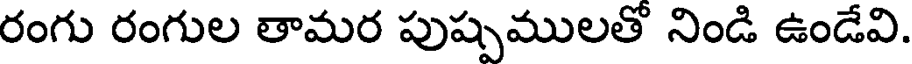
రంగు రంగుల తామర పుష్పములతో నిండి ఉండేవి.